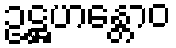
ဥဋ္ဌဟန္တောဝ